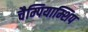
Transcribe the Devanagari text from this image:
चैम्पियाम्शिप